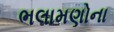
ભલામણોના